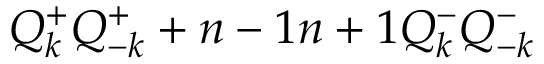
Q _ { k } ^ { + } Q _ { - k } ^ { + } + { { n - 1 } \o { n + 1 } } Q _ { k } ^ { - } Q _ { - k } ^ { - }